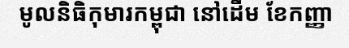
មូលនិធិកុមារកម្ពុជា នៅដើម ខែកញ្ញា